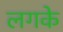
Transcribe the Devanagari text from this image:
लगके